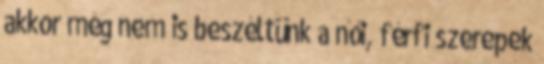
akkor még nem is beszéltünk a női, férfi szerepek